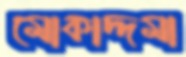
মোকাদ্দমা